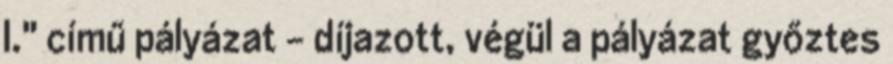
I." című pályázat - díjazott, végül a pályázat győztes